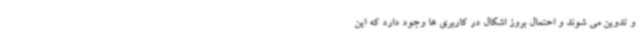
و تدوین می شوند و احتمال بروز اشکال در کاربری ها وجود دارد که این